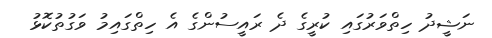
ނަޝީދު ހިތްވަރުގައި ކުރީގެ ދެ ރައީސުންގެ އެ ހިތްގައިމު ވަގުތުކޮޅު